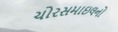
ચોરસમાઇલનો